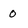
Character: 0